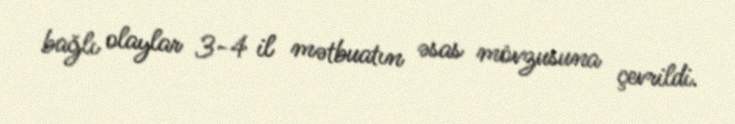
bağlı olaylar 3-4 il mətbuatın əsas mövzusuna çevrildi.